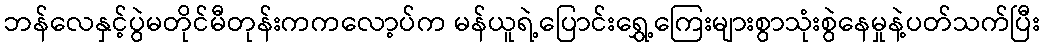
ဘန်လေနှင့်ပွဲမတိုင်မီတုန်းကကလော့ပ်က မန်ယူရဲ့ပြောင်းရွှေ့ကြေးများစွာသုံးစွဲနေမှုနဲ့ပတ်သက်ပြီး